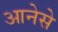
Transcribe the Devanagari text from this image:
आनेसे